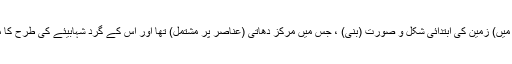
(تیسرے مرحلے میں) زمین کی اِبتدائی شکل و صورت (بنی) ، جس میں مرکز دھاتی (عناصر پر مشتمل) تھا اور اُس کے گِرد شہابیئے کی طرح کا مادّہ چڑھا ہوا تھا۔